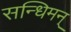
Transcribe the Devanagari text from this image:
सन्धिमन्